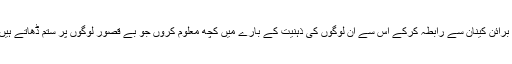
ایسے میں میرے لیے لازم ہوگیا کہ برائن کینان سے رابطہ کرکے اس سے ان لوگوں کی ذہنیت کے بارے میں کچھ معلوم کروں جو بے قصور لوگوں پر ستم ڈھاتے ہیں، انہیں موت کے گھاٹ اتارتے ہیں۔